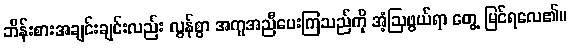
ဘိန်းစားအချင်းချင်းလည်း လွန်စွာ အကူအညီပေးကြသည်ကို အံ့ဩဖွယ်ရာ တွေ့ မြင်ရလေ၏။